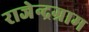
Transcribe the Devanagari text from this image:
राजेन्द्रग्राम